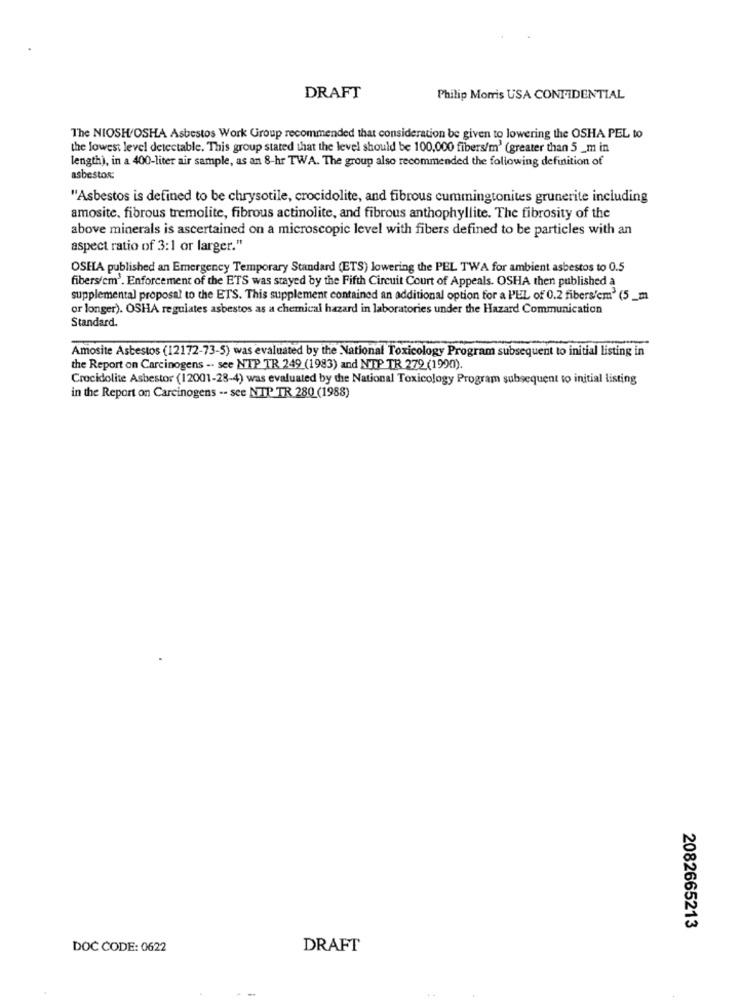
DRAFT
Philip Morris USA CONFIDENTIAL
The NIOSH/OSHA Asbestos Work Group recommended that consideration be given to lowering the OSHA PEL to
the lowest level detectable. This group stated that the level should be 100,000 fibers/m' (greater than 5 _m in
length), in a 400-liter air sample, as an 8-hr TWA. The group also recommended the following definition of
asbestos:
"Asbestos is defined to be chrysotile, crocidolite, and fibrous cummingtonites grunerite including
amosite, fibrous tremolite, fibrous actinolite, and fibrous anthophyllite. The fibrosity of the
above minerals is ascertained on a microscopic level with fibers defined to be particles with an
aspect ratio of 3:1 or larger."
OSEA published an Emergency Temporary Standard (ETS) lowering the PEL TWA for ambient asbestos to 0.5
fibers/cm'. Enforcement of the ETS was stayed by the Fifth Circuit Court of Appeals. OSHA then published a
supplemental proposal to the ETS. This supplement contained an additional option for a PEL of 0.2 fibers/cm' (5_m
or longer). OSHA regulates asbestos as a chemical hazard in laboratories under the Hazard Communication
Standard.
Amosite Asbestos (12172-73-5) was evaluated by the National Toxicology Program subsequent to initial listing in
the Report on Carcinogens -. see NTP TR 249 (1983) and NTP TR 279 (1990).
Crocidolite Asbestor (12001-23-4) was evaluated by the National Toxicology Program subsequent to initial listing
in the Report on Carcinogens -- see NTP TR 280 (1988)
2082665213
DOC CODE: 0622
DRAFT